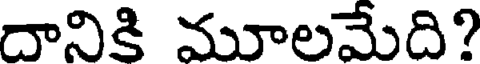
దానికి మూలమేది?